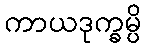
ကာယဒုက္ခမ္ပိ